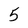
Character: 5